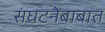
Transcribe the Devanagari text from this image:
संघटनेबाबात